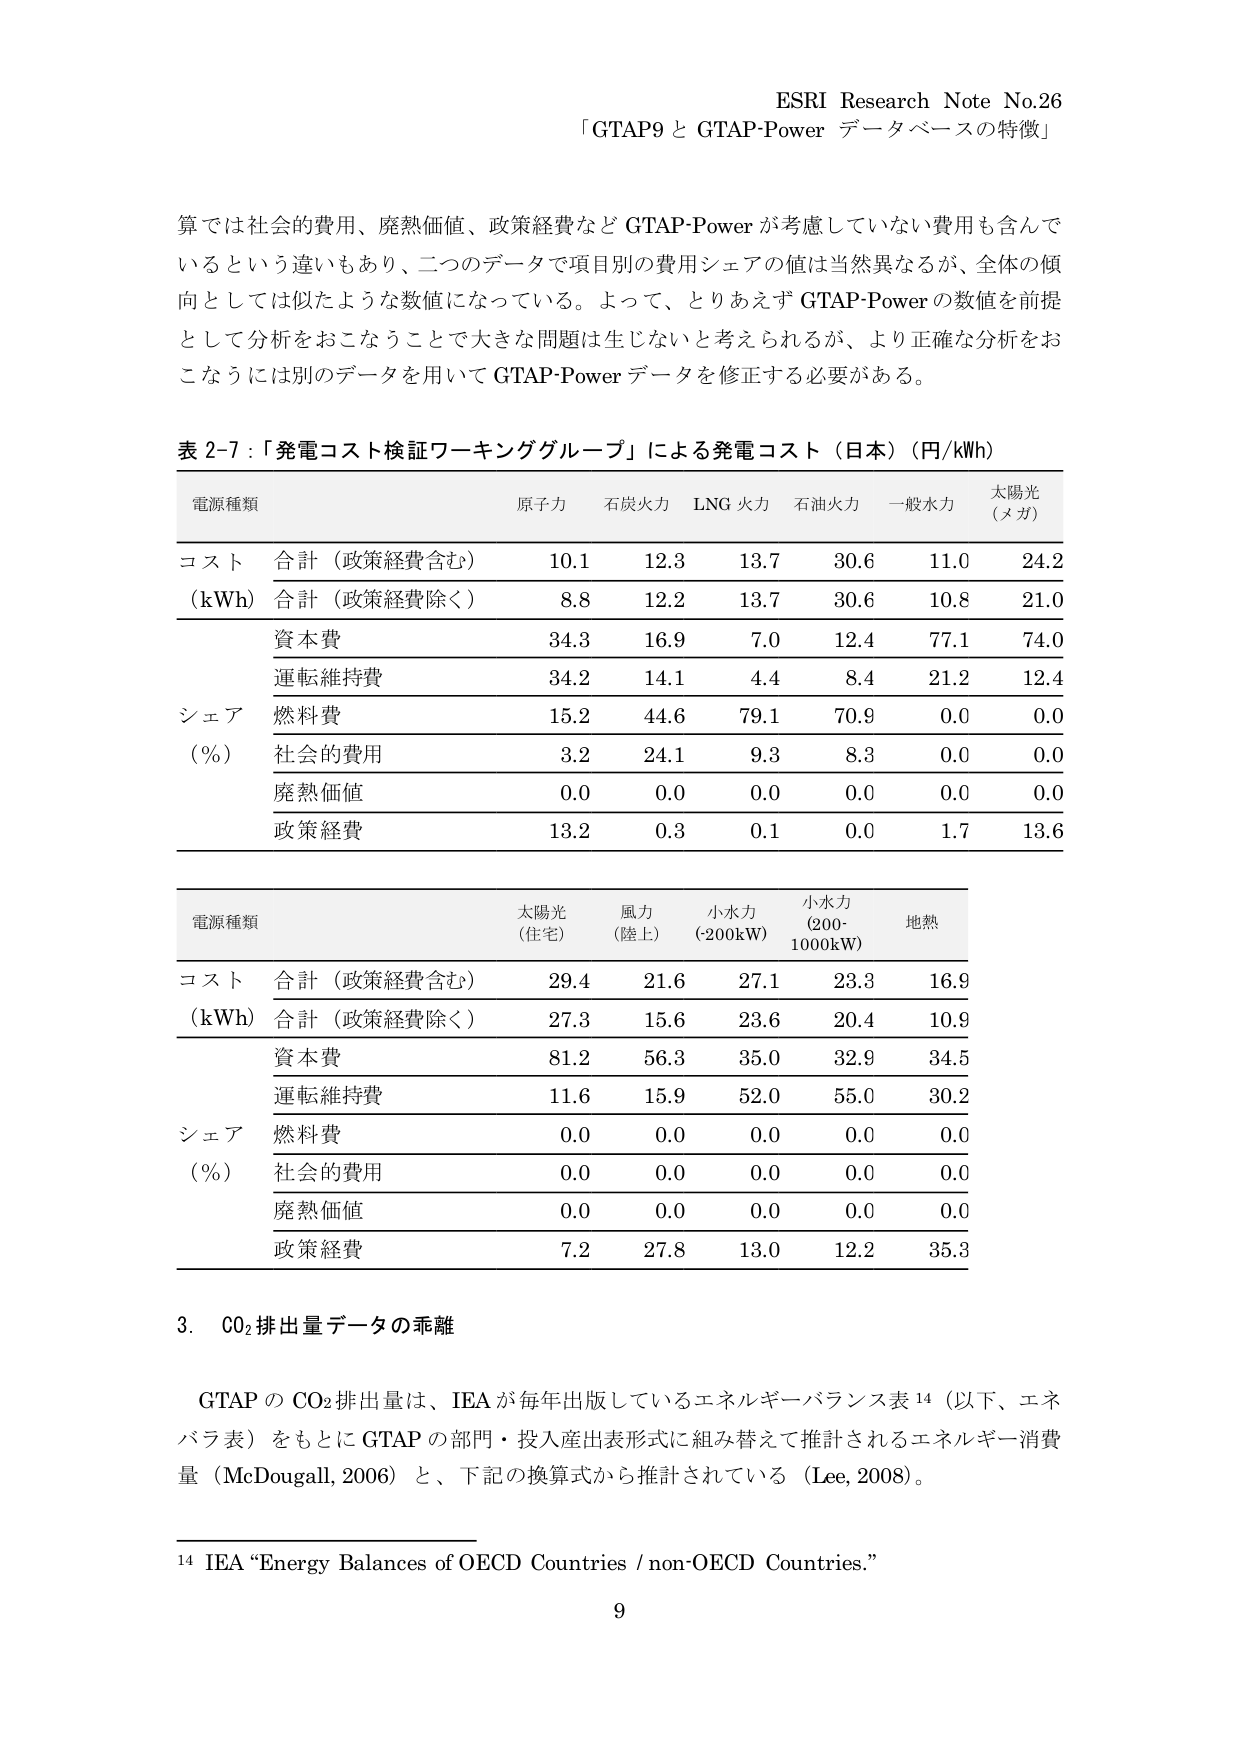
ESRI Research Note No.26
「GTAP9 と GTAP-Power データベースの特徴」

算では社会的費用、廃熱価値、政策経費など GTAP-Power が考慮していない費用も含んでいるという違いもあり、二つのデータで項目別の費用シェアの値は当然異なるが、全体の傾向としては似たような数値になっている。よって、とりあえず GTAP-Power の数値を前提として分析をおこなうことで大きな問題は生じないと考えられるが、より正確な分析をおこなうには別のデータを用いて GTAP-Power データを修正する必要がある。

表 2-7：「発電コスト検証ワーキンググループ」による発電コスト（日本）（円/kWh）

電源種類　　原子力　　石炭火力　　LNG 火力　　石油火力　　一般水力　　太陽光（メガ）
コスト（kWh）　合計（政策経費含む）　10.1　　12.3　　13.7　　30.6　　11.0　　24.2
　　　　　　合計（政策経費除く）　8.8　　12.2　　13.7　　30.6　　10.8　　21.0
　　　　　　資本費　　34.3　　16.9　　7.0　　12.4　　77.1　　74.0
　　　　　　運転維持費　　34.2　　14.1　　4.4　　8.4　　21.2　　12.4
シェア（%）　燃料費　　15.2　　44.6　　79.1　　70.9　　0.0　　0.0
　　　　　　社会的費用　　3.2　　24.1　　9.3　　8.3　　0.0　　0.0
　　　　　　廃熱価値　　0.0　　0.0　　0.0　　0.0　　0.0　　0.0
　　　　　　政策経費　　13.2　　0.3　　0.1　　0.0　　1.7　　13.6

電源種類　　太陽光（住宅）　　風力（陸上）　　小水力（<200kW）　　小水力（200-1000kW）　　地熱
コスト（kWh）　合計（政策経費含む）　29.4　　21.6　　27.1　　23.3　　16.9
　　　　　　合計（政策経費除く）　27.3　　15.6　　23.6　　20.4　　10.9
　　　　　　資本費　　81.2　　56.3　　35.0　　32.9　　34.5
　　　　　　運転維持費　　11.6　　15.9　　52.0　　55.0　　30.2
シェア（%）　燃料費　　0.0　　0.0　　0.0　　0.0　　0.0
　　　　　　社会的費用　　0.0　　0.0　　0.0　　0.0　　0.0
　　　　　　廃熱価値　　0.0　　0.0　　0.0　　0.0　　0.0
　　　　　　政策経費　　7.2　　27.8　　13.0　　12.2　　35.3

3. CO₂排出量データの乖離

GTAP の CO₂排出量は、IEA が毎年出版しているエネルギー・バランス表 14（以下、エネバラ表）をもとに GTAP の部門・投入産出表形式に組み替えて推計されるエネルギー消費量（McDougall, 2006）と、下記の換算式から推計されている（Lee, 2008）。

14 IEA “Energy Balances of OECD Countries / non-OECD Countries.”

9